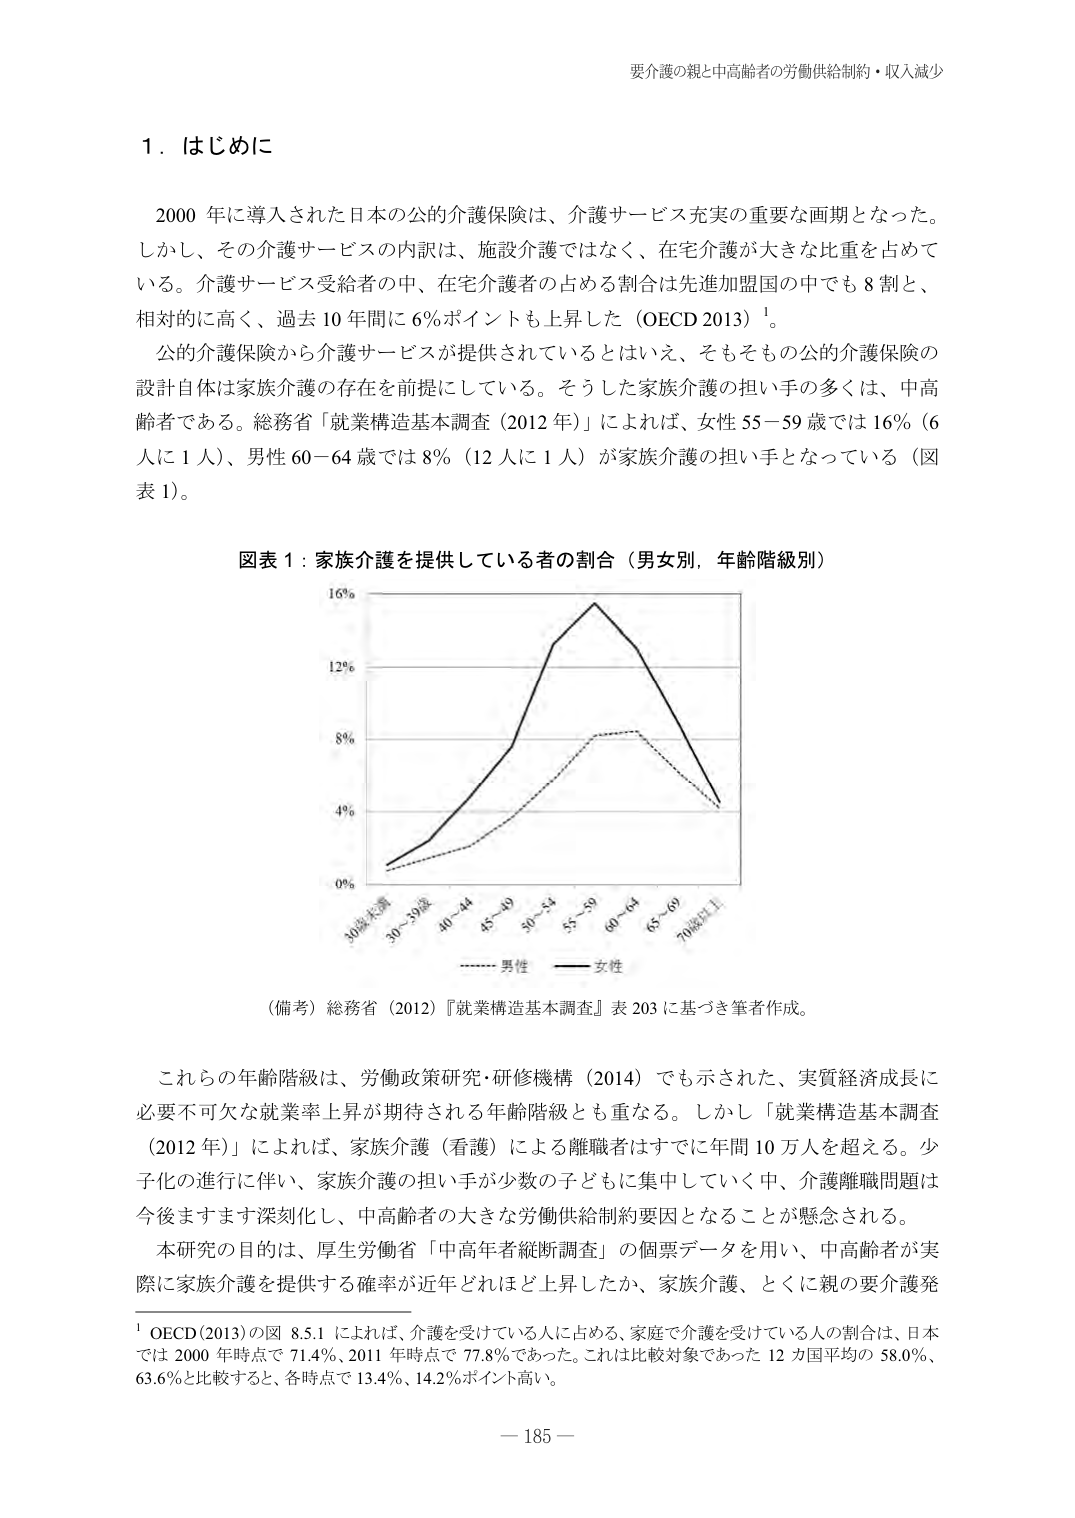
要介護の親と中高齢者の労働供給制約・収入減少

1．はじめに

2000 年に導入された日本の公的介護保険は、介護サービス充実の重要な画期となった。しかし、その介護サービスの内訳は、施設介護ではなく、在宅介護が大きな比重を占めている。介護サービス受給者の中、在宅介護者の占める割合は先進加盟国の中でも 8 割と、相対的に高く、過去 10 年間に 6％ポイントも上昇した（OECD 2013）¹。

公的介護保険から介護サービスが提供されているとはいえ、そもそもその公的介護保険の設計自体は家族介護の存在を前提としている。そうした家族介護の担い手の多くは、中高齢者である。総務省「就業構造基本調査（2012 年）」によれば、女性 55－59 歳では 16％（6 人に 1 人）、男性 60－64 歳では 8％（12 人に 1 人）が家族介護の担い手となっている（図表 1）。

図表 1：家族介護を提供している者の割合（男女別，年齢階級別）

（備考）総務省（2012）『就業構造基本調査』表 203 に基づき筆者作成。

これらの年齢階級は、労働政策研究・研修機構（2014）でも示された、実質経済成長に必要不可欠な就業率上昇が期待される年齢階級とも重なる。しかし「就業構造基本調査（2012 年）」によれば、家族介護（看護）による離職者はすでに年間 10 万人を超える。少子化の進行に伴い、家族介護の担い手が少数の子どもに集中していく中、介護離職問題は今後ますます深刻化し、中高齢者の大きな労働供給制約要因となることが懸念される。

本研究の目的は、厚生労働省「中高齢者縦断調査」の個票データを用い、中高齢者が実際に家族介護を提供する確率が近年どれほど上昇したか、家族介護、とくに親の要介護発

¹ OECD(2013)の図 8.5.1 によれば、介護を受けている人に占める、家庭で介護を受けている人の割合は、日本では 2000 年時点で 71.4％、2011 年時点で 77.8％であった。これは比較対象であった 12 カ国平均の 58.0％、63.6％と比較すると、各時点で 13.4％、14.2％ポイント高い。

— 185 —